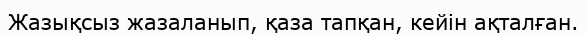
Жазықсыз жазаланып, қаза тапқан, кейін ақталған.